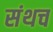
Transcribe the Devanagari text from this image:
संथच